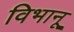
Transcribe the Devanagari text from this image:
विभानू